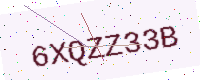
Text: 6XQZZ33B